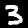
Label: 3